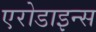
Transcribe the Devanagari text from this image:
एरोडाइन्स